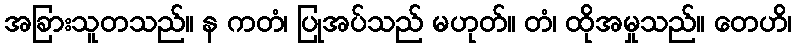
အခြားသူတသည်။ န ကတံ၊ ပြုအပ်သည် မဟုတ်။ တံ၊ ထိုအမှုသည်။ တေဟိ၊